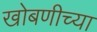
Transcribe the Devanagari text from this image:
खोबणीच्या